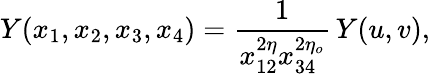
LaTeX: Y(x_{1},x_{2},x_{3},x_{4})=\frac{1}{x_{12}^{2\eta}x_{34}^{2\eta_{o}}}\, Y(u,v),